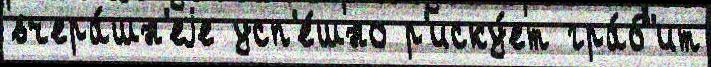
вчера́шн'еjе усп'е́шно р'иску́ет гра́б'ит